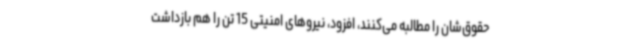
حقوق‌شان را مطالبه می‌کنند، افزود، نیروهای امنیتی 15 تن را هم بازداشت